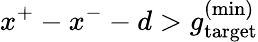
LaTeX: x^{+}-x^{-}-d>g_{\mathrm{target}}^{\mathrm{(min)}}